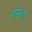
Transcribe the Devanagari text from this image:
लर्नड्